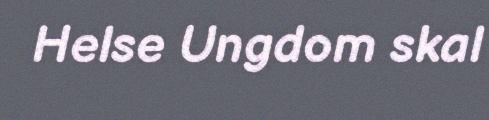
Helse Ungdom skal